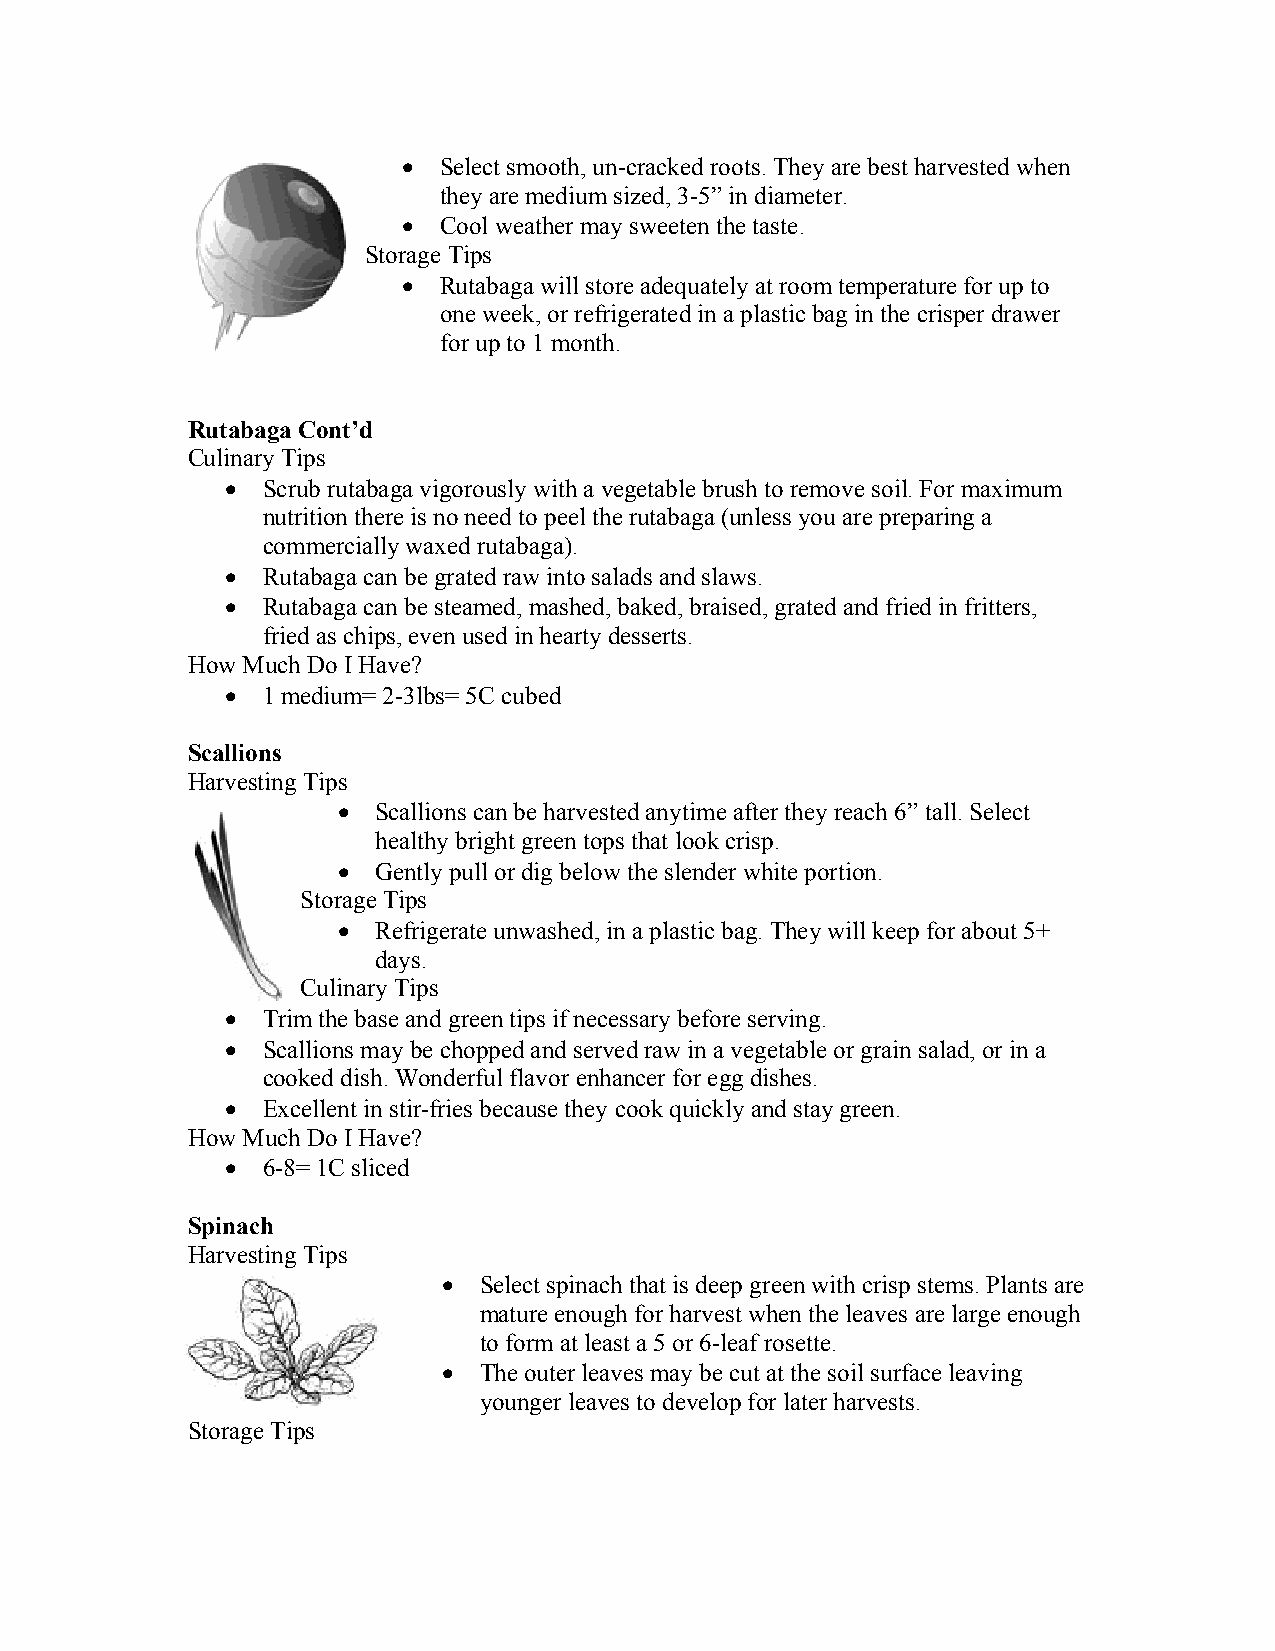
 Select smooth, un-cracked roots. They are best harvested when
 they are medium sized, 3-5” in diameter.
  Cool weather may sweeten the taste.
 Storage Tips
  Rutabaga will store adequately at room temperature for up to
 one week, or refrigerated in a plastic bag in the crisper drawer
 for up to 1 month.
 Rutabaga Cont’d
 Culinary Tips
  Scrub rutabaga vigorously with a vegetable brush to remove soil. For maximum
 nutrition there is no need to peel the rutabaga (unless you are preparing a
 commercially waxed rutabaga).
  Rutabaga can be grated raw into salads and slaws.
  Rutabaga can be steamed, mashed, baked, braised, grated and fried in fritters,
 fried as chips, even used in hearty desserts.
 How Much Do I Have?
  1 medium= 2-3lbs= 5C cubed
 Scallions
 Harvesting Tips
   Scallions can be harvested anytime after they reach 6” tall. Select
 healthy bright green tops that look crisp.
   Gently pull or dig below the slender white portion.
 Storage Tips
   Refrigerate unwashed, in a plastic bag. They will keep for about 5+
 days.
 Culinary Tips
  Trim the base and green tips if necessary before serving.
  Scallions may be chopped and served raw in a vegetable or grain salad, or in a
 cooked dish. Wonderful flavor enhancer for egg dishes.
  Excellent in stir-fries because they cook quickly and stay green.
 How Much Do I Have?
  6-8= 1C sliced
 Spinach
 Harvesting Tips
   Select spinach that is deep green with crisp stems. Plants are
 mature enough for harvest when the leaves are large enough
 to form at least a 5 or 6-leaf rosette.
   The outer leaves may be cut at the soil surface leaving
 younger leaves to develop for later harvests.
 Storage Tips